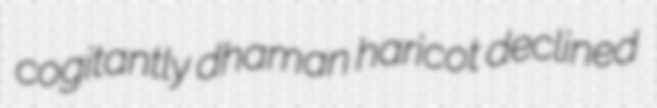
cogitantly dhaman haricot declined